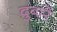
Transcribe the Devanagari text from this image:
दुबारें